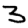
Digit: 3